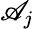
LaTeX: \mathscr{A}_{j}